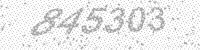
Solution: 845303